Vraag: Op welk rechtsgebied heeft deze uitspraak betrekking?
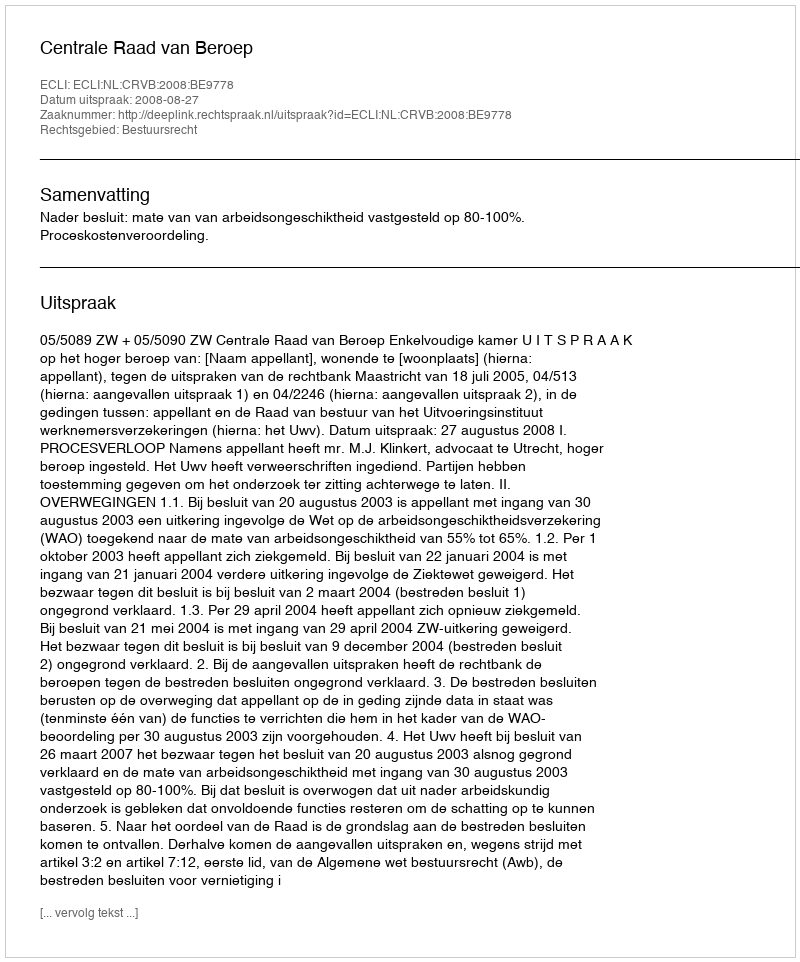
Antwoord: Bestuursrecht